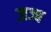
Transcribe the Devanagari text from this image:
ज़ज्ब